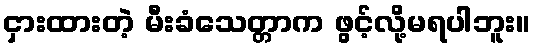
ငှားထားတဲ့ မီးခံသေတ္တာက ဖွင့်လို့မရပါဘူး။